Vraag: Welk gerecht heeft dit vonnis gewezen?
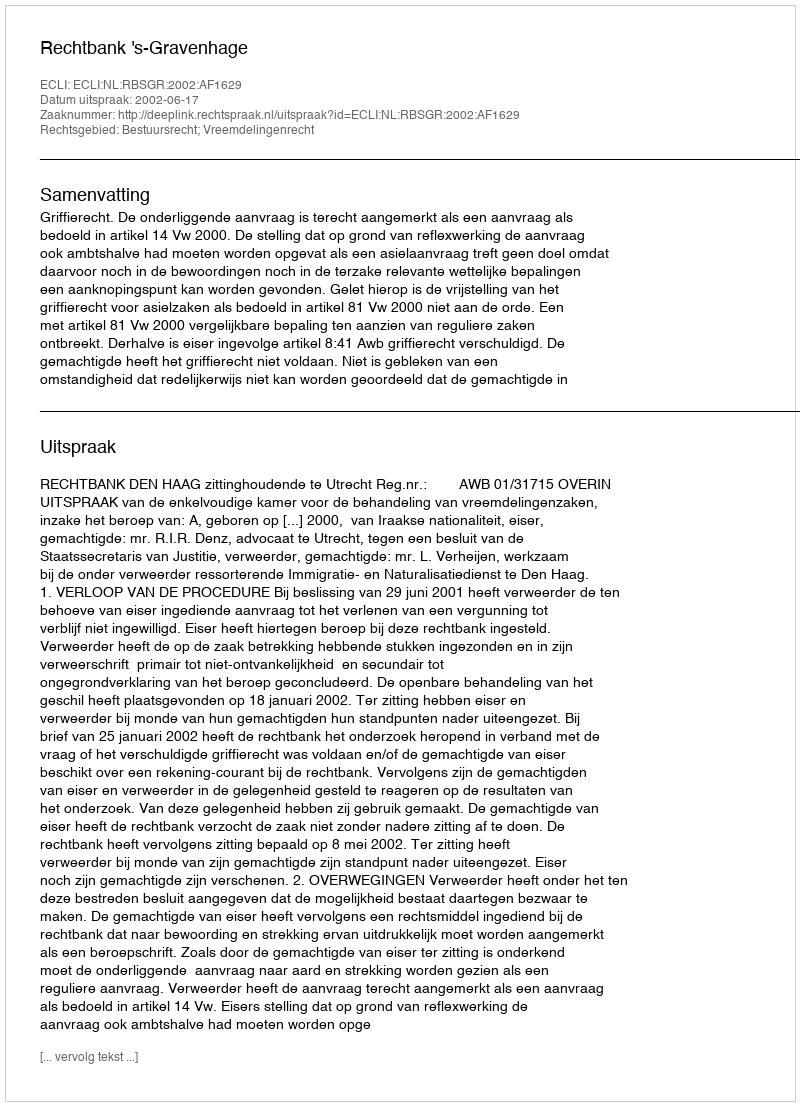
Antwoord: Rechtbank 's-Gravenhage